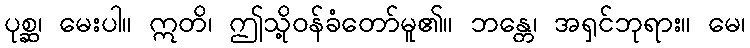
ပုစ္ဆ၊ မေးပါ။ ဣတိ၊ ဤသို့ဝန်ခံတော်မူ၏။ ဘန္တေ၊ အရှင်ဘုရား။ မေ၊